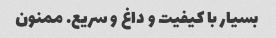
بسیار با کیفیت و داغ و سریع. ممنون